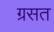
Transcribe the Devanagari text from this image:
ग्रसत